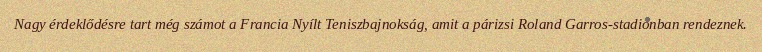
Nagy érdeklődésre tart még számot a Francia Nyílt Teniszbajnokság, amit a párizsi Roland Garros-stadionban rendeznek.